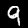
Digit: 9